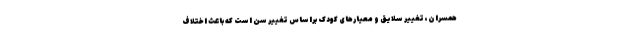
همسران، تغییر سلایق و معیارهای کودک براساس تغییر سن است که باعث اختلاف